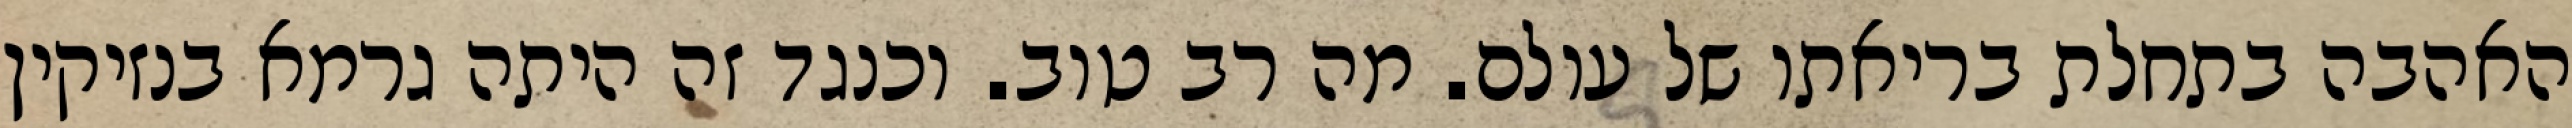
האהבה בתחלת בריאתו של עולם. מה רב טוב. וכנגד זה היתה גרמא בנזיקין